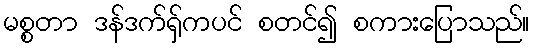
မစ္စတာ ဒန်ဒက်ရှ်ကပင် စတင်၍ စကားပြောသည်။